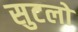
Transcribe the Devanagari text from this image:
सुटलो